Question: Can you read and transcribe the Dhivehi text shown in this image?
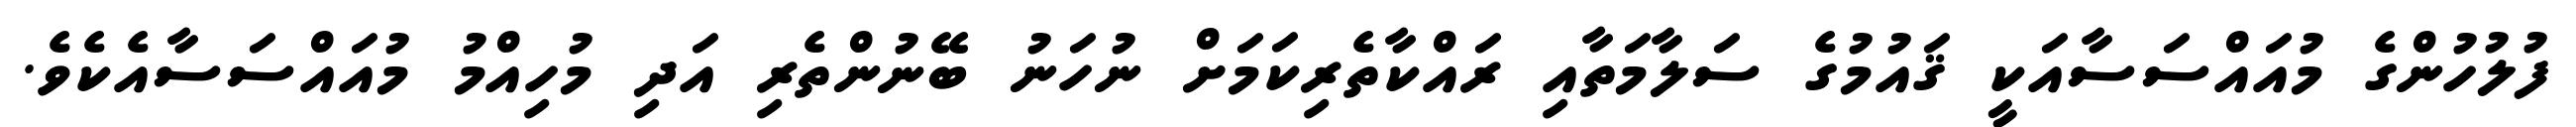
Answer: ފުލުހުންގެ މުއައްސަސާއަކީ ޤައުމުގެ ސަލާމަތާއި ރައްކާތެރިކަމަށް ނުހަނު ބޭނުންތެރި އަދި މުހިއްމު މުއައްސަސާއެކެވެ.